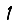
Digit: 1